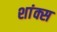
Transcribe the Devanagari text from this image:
शांक्स